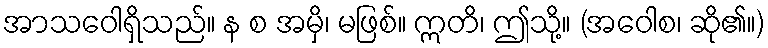
အာသဝေါရှိသည်။ န စ အမှိ၊ မဖြစ်။ ဣတိ၊ ဤသို့။ (အဝေါစ၊ ဆို၏။)